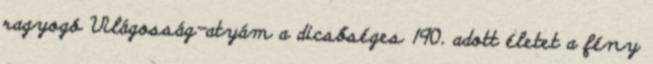
ragyogó Világosság-atyám a dicsőséges 190. adott életet a fény